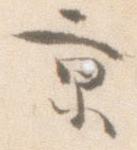
京